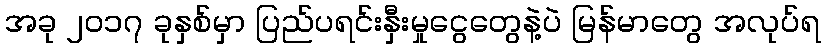
အခု ၂၀၁၇ ခုနှစ်မှာ ပြည်ပရင်းနှီးမှုငွေတွေနဲ့ပဲ မြန်မာတွေ အလုပ်ရ